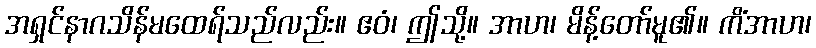
အရှင်နာဂသိန်မထေရ်သည်လည်း။ ဧဝံ၊ ဤသို့။ အာဟ၊ မိန့်တော်မူ၏။ ကိံအာဟ၊